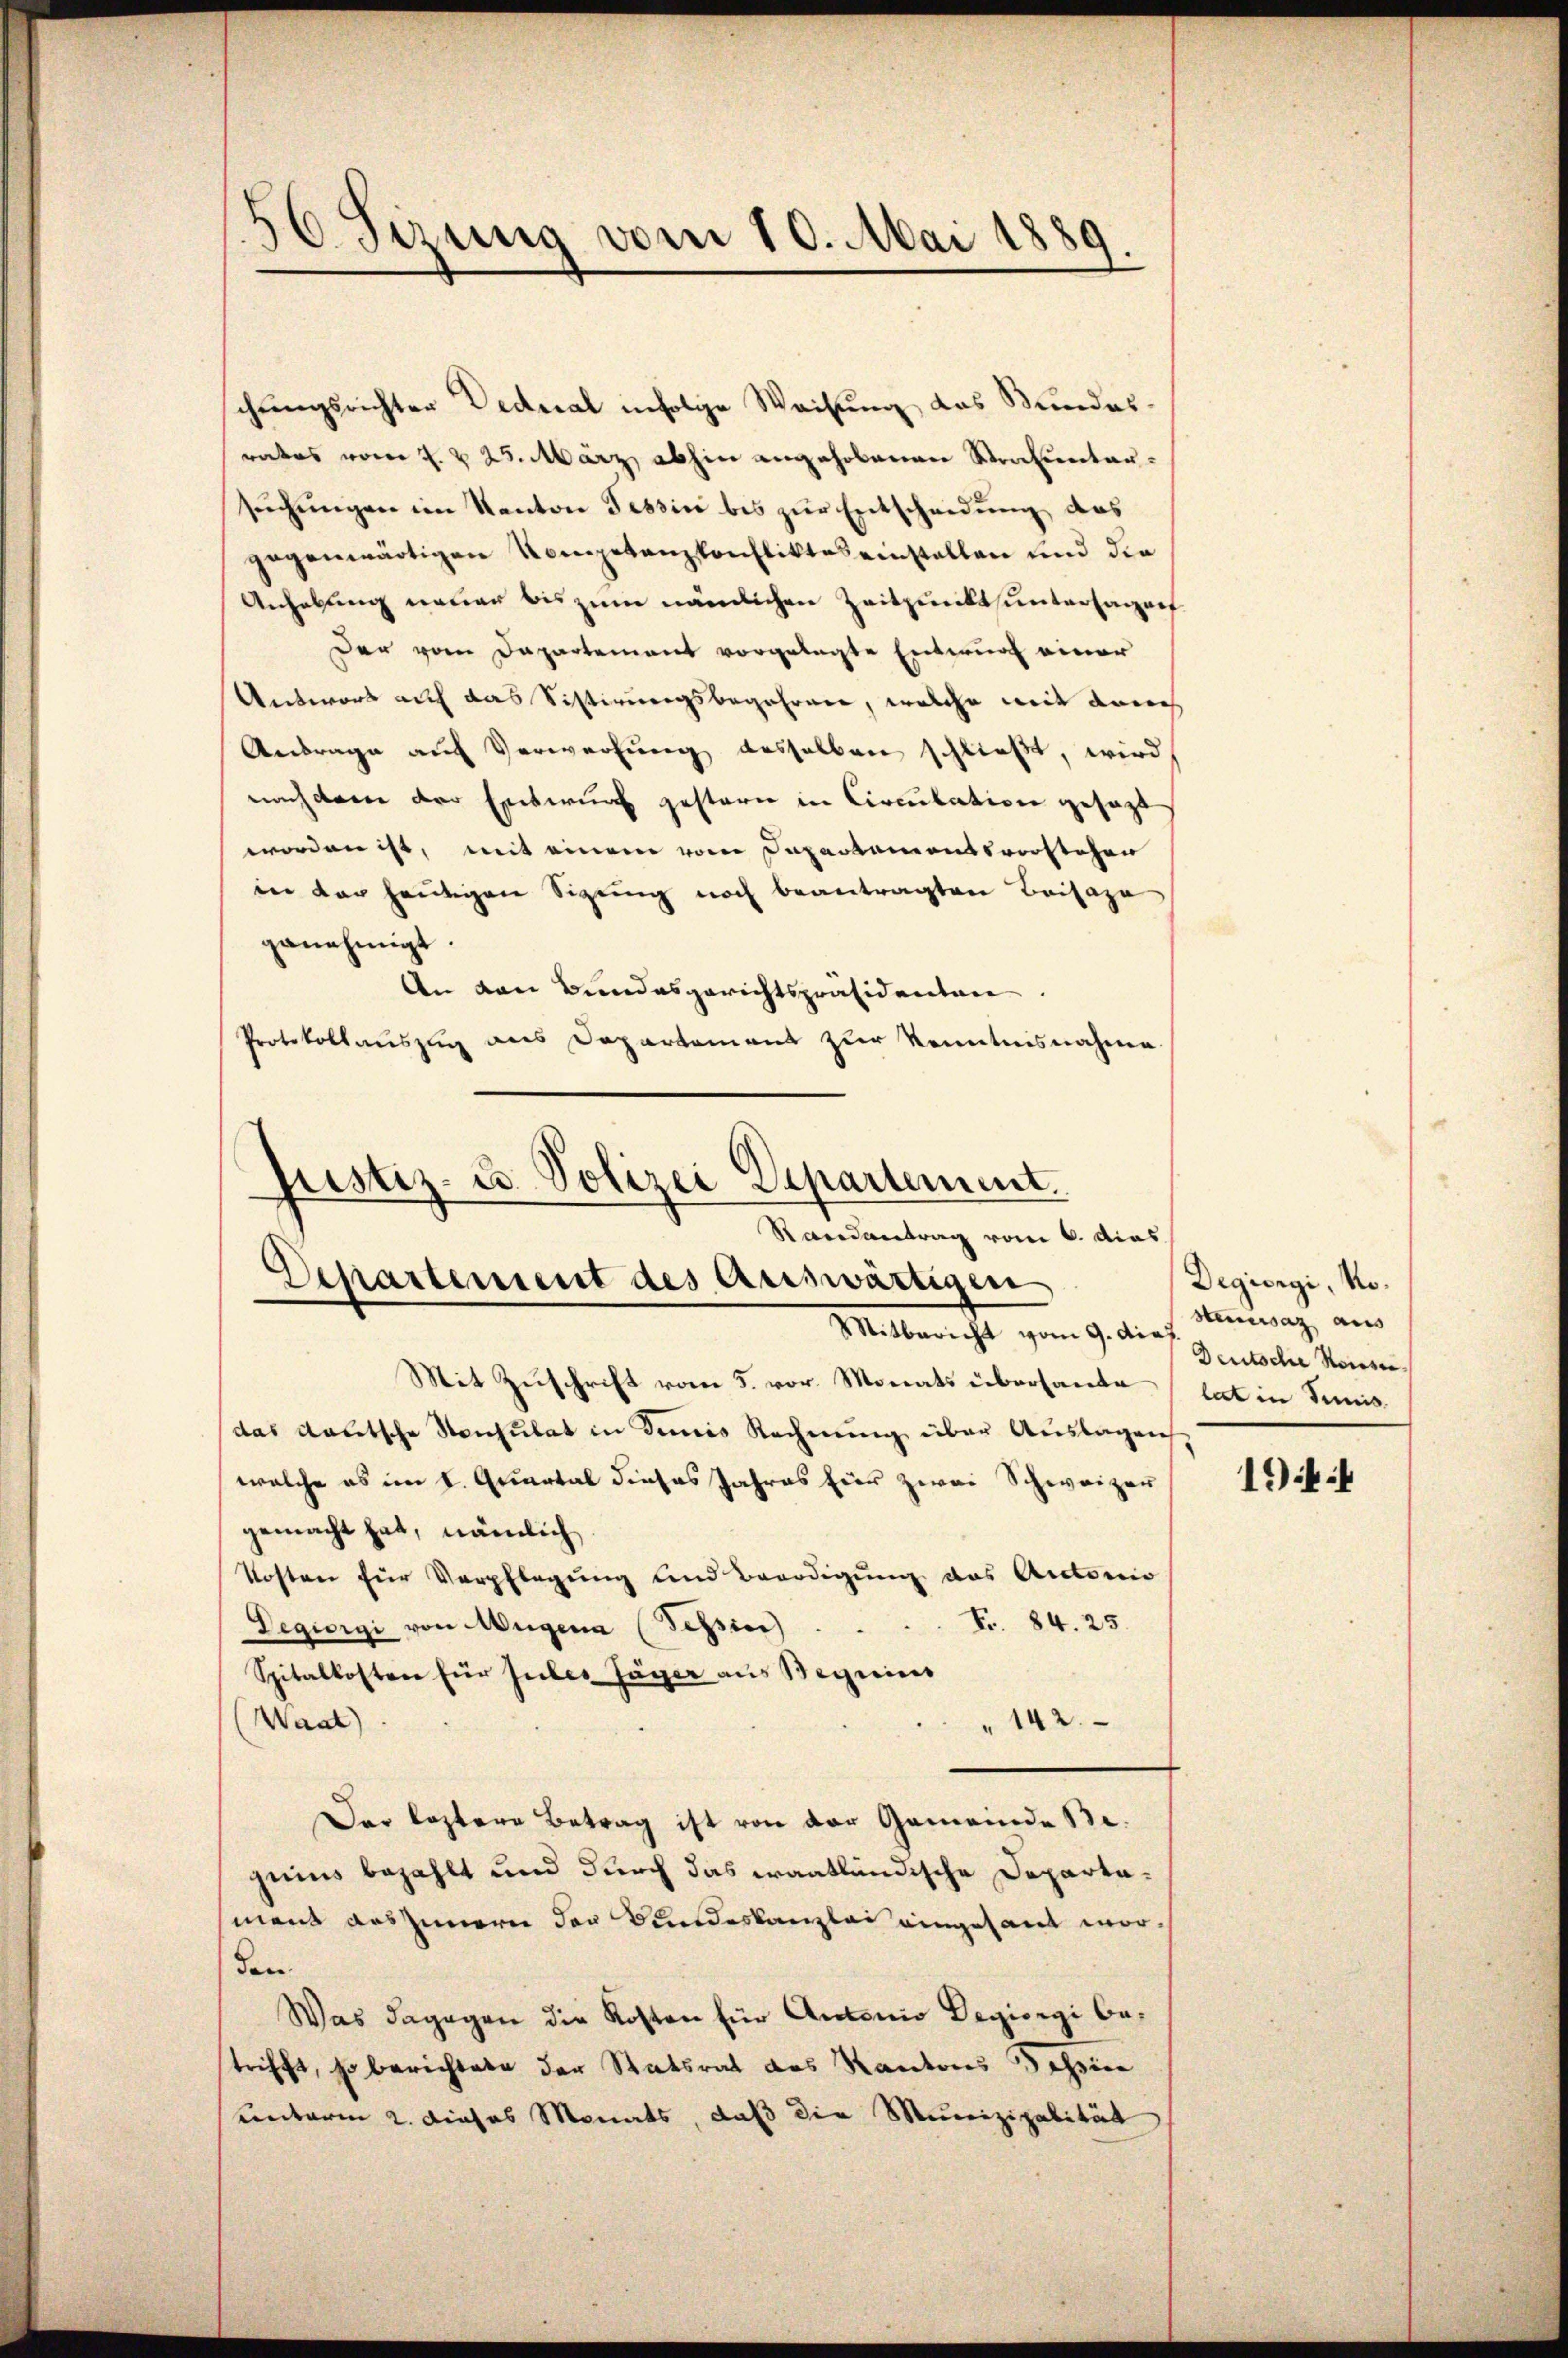
.
56 Sizung vom 10. Mai 1889.

chungsrichter Dedeal infolge Weisung das Bundesrates vom 1. & 23. März abhin angehobenen Strafuntersuchungen im Kanton Tessin bis zur Entscheidung des
gegenwärtigen Kompetenzkonfliktes einstallen und die
Anhebung neuer bis zum nämlichen Zeitpunkt untersagenf
Der vom Dapartement vorgelegte Entwurf einer
Antwort auf das Sistirungsbegehren, welche mit dem
Antrage auf Verwerfung desselben schließt, wird
nach dene der Entwurf gestern in Circulation gesagt
worden ist, mit einem vom Departamentsvorstehen
in der heutigen Sizung noch beantragten Beisaza
genehmigt.
An den Bundesgerichtspräsidenten
Protokollauszug aus Departement zur Kenntnisnahme.
Justiz- u. Polizei Departement.

Randantrag vom 6. dies
Departement des Auswärtigen
Mitbericht vom 9. dies

Mit Zuschrift vom 5. vor. Monats übersante
das Kautsche Konsulat in demnis Rechnŭng über Auslagen
welche es im I. Quartal dieses Jahres für zwei Schweizer
gemacht hat, nämlich.
Kosten für Verpflegung und Benadigung das Actorio
Fr. 84. 25.
Degiorgi von Augena (Tession ..
Spitalkosten für Jubes Jäger aus Beguins
Waat)
142.
Der leztere Betrag ist von der Gemeinde Begeins bezahlt und durch das waatländische Departamant auszinnern der Bundeskanzlei eingesant worden.
Was dagegen die Kosten für Antonio Degiorgi betrifft, so berichtete der Statsrat des Kantons Tessier
Centerm 2. dieses Monats, daß die Munizipalität

Degiorgi, No.
Hennersaz aus
Deutsche Konze
lat in Tunis

194